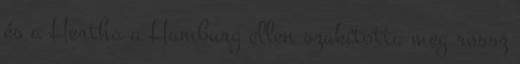
és a Hertha a Hamburg ellen szakította meg rossz